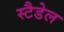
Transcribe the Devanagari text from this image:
स्टैडेल